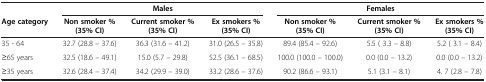
<table><thead><tr><td><b> </b></td><td colspan="3"><b>Males</b></td><td colspan="3"><b>Females</b></td></tr><tr><td><b>Age category</b></td><td><b>Non smoker % (35% CI)</b></td><td><b>Current smoker % (35% CI)</b></td><td><b>Ex smokers % (35% CI)</b></td><td><b>Non smoker % (35% CI)</b></td><td><b>Current smoker % (35% CI)</b></td><td><b>Ex smokers % (35% CI)</b></td></tr></thead><tbody><tr><td>35 - 64</td><td>32.7 (28.8 – 37.6)</td><td>36.3 (31.6 – 41.2)</td><td>31.0 (26.5 – 35.8)</td><td>89.4 (85.4 – 92.6)</td><td>5.5 ( 3.3 – 8.8)</td><td>5.2 ( 3.1 – 8.4)</td></tr><tr><td>≥65 years</td><td>32.5 (18.6 – 49.1)</td><td>15.0 (5.7 – 29.8)</td><td>52.5 (36.1 – 68.5)</td><td>100.0 (100.0 – 100.0)</td><td>0.0 (0.0 – 13.2)</td><td>0.0 (0.0 – 13.2)</td></tr><tr><td>≥35 years</td><td>32.6 (28.4 – 37.4)</td><td>34.2 (29.9 – 39.0)</td><td>33.2 (28.6 – 37.6)</td><td>90.2 (86.6 – 93.1)</td><td>5.1 (3.1 – 8.1)</td><td>4. 7 (2.8 – 7.8)</td></tr></tbody></table>